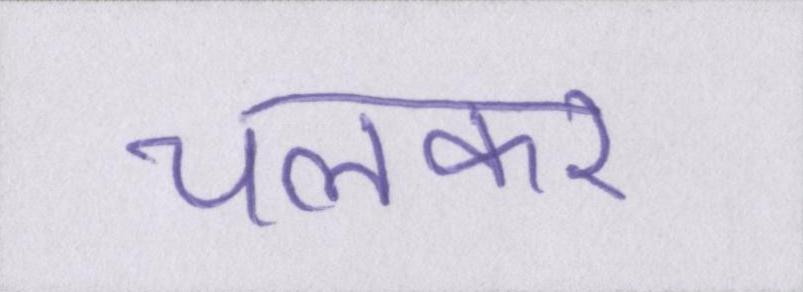
चलकर